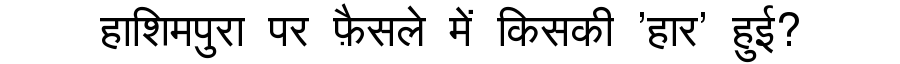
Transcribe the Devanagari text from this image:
हाशिमपुरा पर फ़ैसले में किसकी 'हार' हुई?